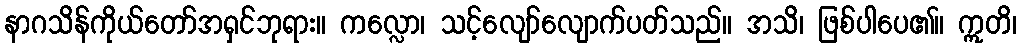
နာဂသိန်ကိုယ်တော်အရှင်ဘုရား။ ကလ္လော၊ သင့်လျော်လျောက်ပတ်သည်။ အသိ၊ ဖြစ်ပါပေ၏။ ဣတိ၊